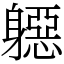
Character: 𨉼